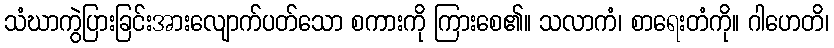
သံဃာကွဲပြားခြင်းအားလျောက်ပတ်သော စကားကို ကြားစေ၏။ သလာကံ၊ စာရေးတံကို။ ဂါဟေတိ၊